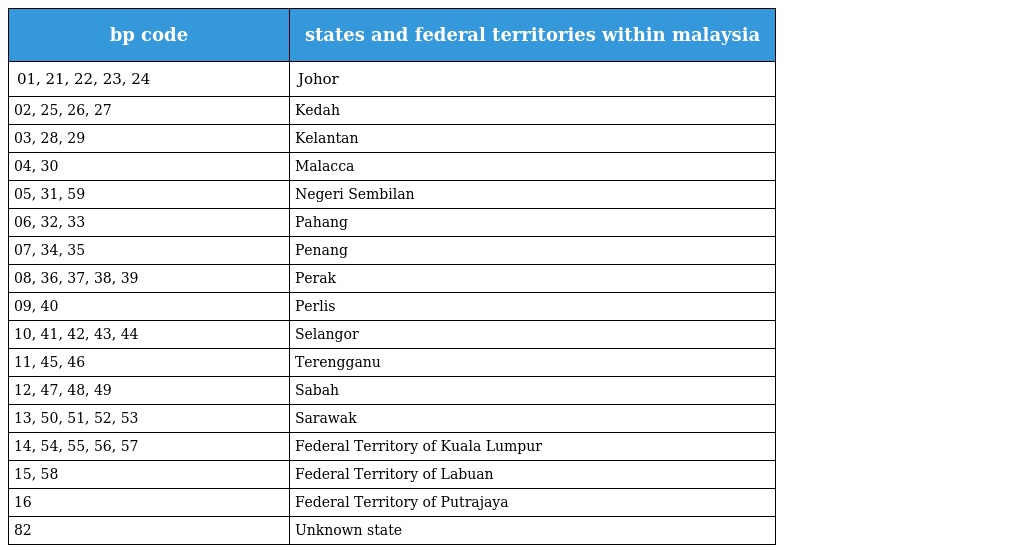
| bp code | states and federal territories within malaysia |
 | --- | --- |
 | 01, 21, 22, 23, 24 | Johor |
 | 02, 25, 26, 27 | Kedah |
 | 03, 28, 29 | Kelantan |
 | 04, 30 | Malacca |
 | 05, 31, 59 | Negeri Sembilan |
 | 06, 32, 33 | Pahang |
 | 07, 34, 35 | Penang |
 | 08, 36, 37, 38, 39 | Perak |
 | 09, 40 | Perlis |
 | 10, 41, 42, 43, 44 | Selangor |
 | 11, 45, 46 | Terengganu |
 | 12, 47, 48, 49 | Sabah |
 | 13, 50, 51, 52, 53 | Sarawak |
 | 14, 54, 55, 56, 57 | Federal Territory of Kuala Lumpur |
 | 15, 58 | Federal Territory of Labuan |
 | 16 | Federal Territory of Putrajaya |
 | 82 | Unknown state |